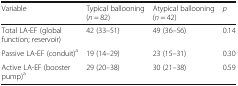
<table><thead><tr><td><b>Variable</b></td><td><b>Typical ballooning (<i>n</i> = 82)</b></td><td><b>Atypical ballooning (<i>n</i> = 42)</b></td><td><b><i>p</i></b></td></tr></thead><tbody><tr><td>Total LA-EF (global function; reservoir)</td><td>42 (33–51)</td><td>49 (36–56)</td><td>0.14</td></tr><tr><td>Passive LA-EF (conduit)<sup>a</sup></td><td>19 (14–29)</td><td>23 (15–31)</td><td>0.30</td></tr><tr><td>Active LA-EF (booster pump)<sup>a</sup></td><td>29 (20–38)</td><td>30 (21–38)</td><td>0.59</td></tr></tbody></table>